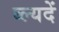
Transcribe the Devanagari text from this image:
ब्ल्यदें